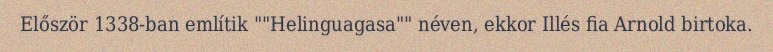
Először 1338-ban említik ""Helinguagasa"" néven, ekkor Illés fia Arnold birtoka.